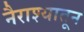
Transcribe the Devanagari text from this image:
नैराश्यातून